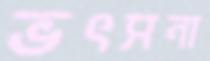
ভৎসনা